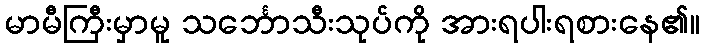
မာမီကြီးမှာမူ သင်္ဘောသီးသုပ်ကို အားရပါးရစားနေ၏။